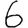
Digit: 6